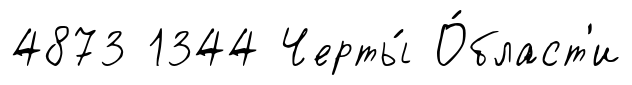
4873 1344 Черты́ О́бласт'и